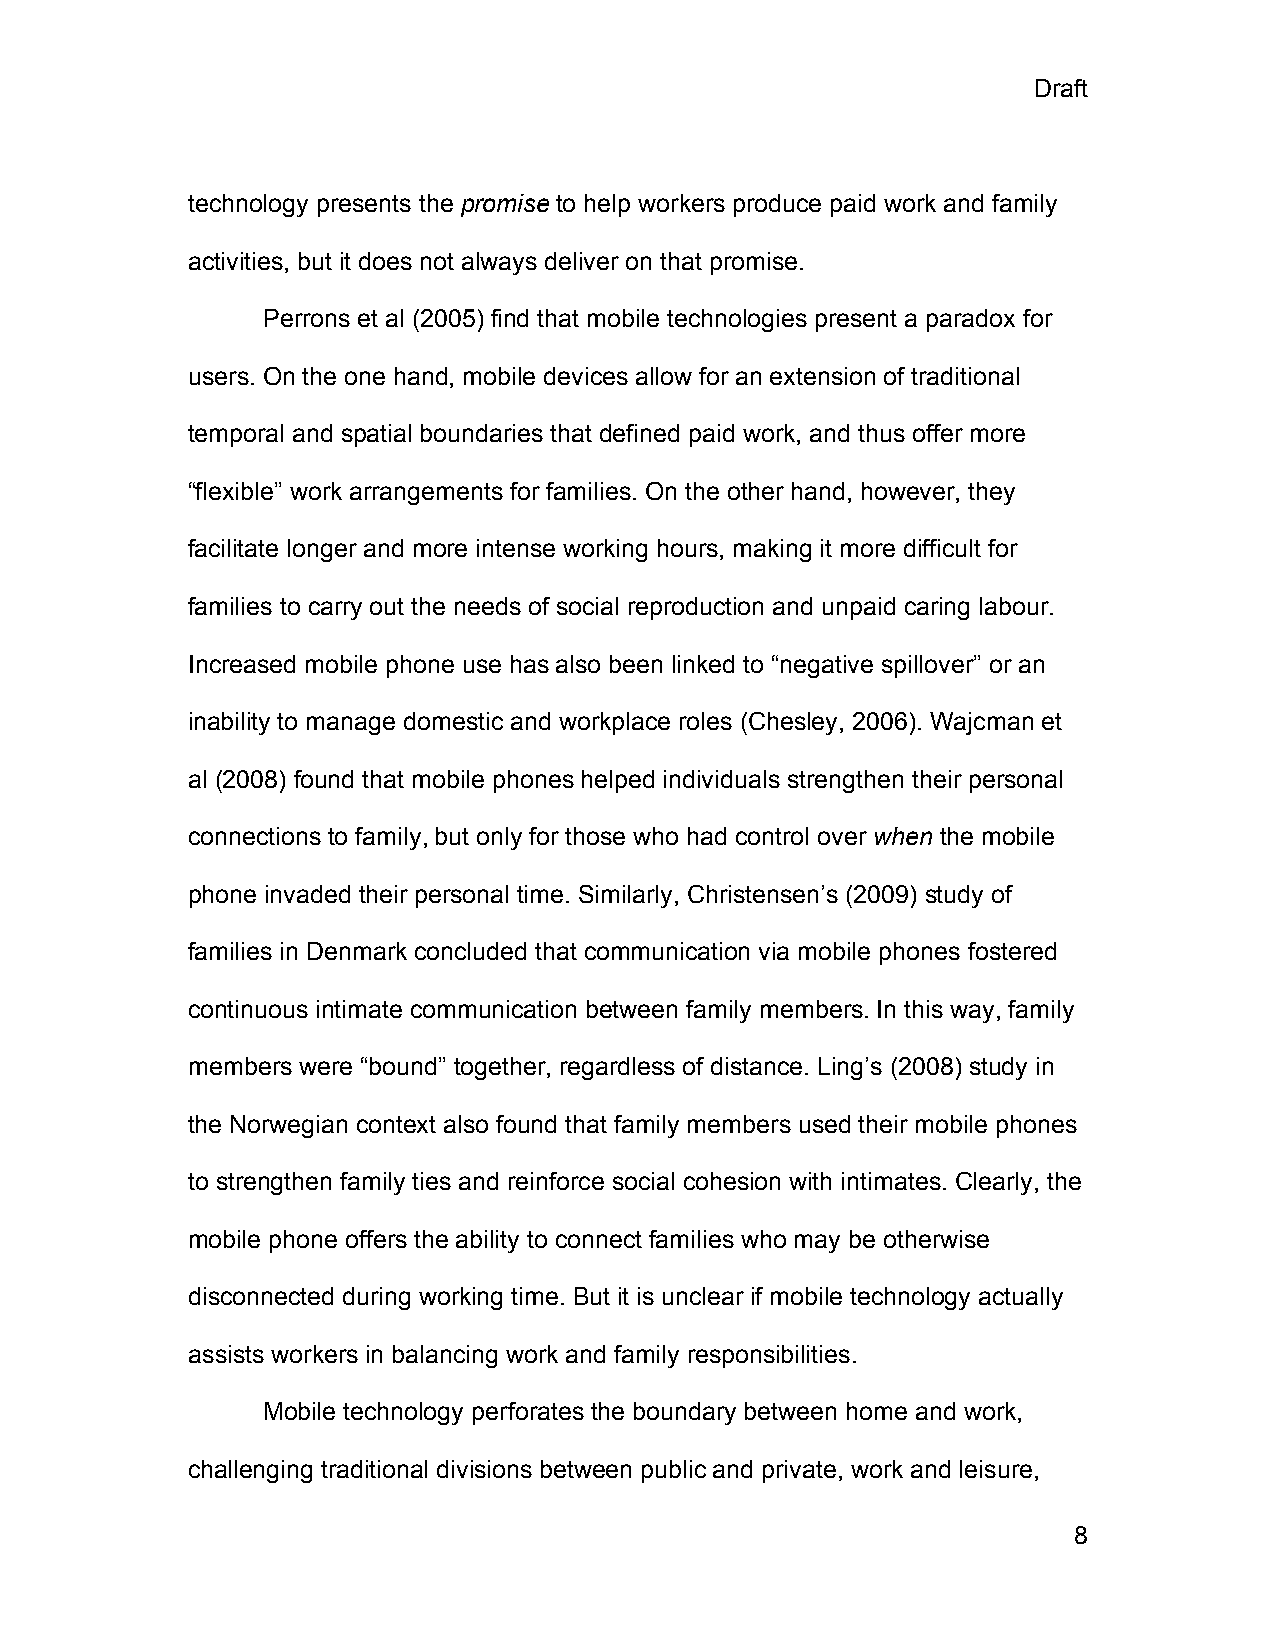
Draft
 technology presents the promise to help workers produce paid work and family
 activities, but it does not always deliver on that promise.
 Perrons et al (2005) find that mobile technologies present a paradox for
 users. On the one hand, mobile devices allow for an extension of traditional
 temporal and spatial boundaries that defined paid work, and thus offer more
 “flexible” work arrangements for families. On the other hand, however, they
 facilitate longer and more intense working hours, making it more difficult for
 families to carry out the needs of social reproduction and unpaid caring labour.
 Increased mobile phone use has also been linked to “negative spillover” or an
 inability to manage domestic and workplace roles (Chesley, 2006). Wajcman et
 al (2008) found that mobile phones helped individuals strengthen their personal
 connections to family, but only for those who had control over when the mobile
 phone invaded their personal time. Similarly, Christensen’s (2009) study of
 families in Denmark concluded that communication via mobile phones fostered
 continuous intimate communication between family members. In this way, family
 members were “bound” together, regardless of distance. Ling’s (2008) study in
 the Norwegian context also found that family members used their mobile phones
 to strengthen family ties and reinforce social cohesion with intimates. Clearly, the
 mobile phone offers the ability to connect families who may be otherwise
 disconnected during working time. But it is unclear if mobile technology actually
 assists workers in balancing work and family responsibilities.
 Mobile technology perforates the boundary between home and work,
 challenging traditional divisions between public and private, work and leisure,
 8